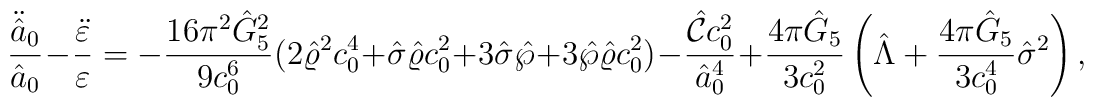
{\ddot{\hat{a}}_0\over\hat{a}_0}-{\ddot{\varepsilon}\over\varepsilon}=-{{16\pi^2\hat{G}^2_5}\over{9c^6_0}}(2\hat{\varrho}^2c^4_0+\hat{\sigma}\hat{\varrho}c^2_0+3\hat{\sigma}\hat{\wp}+3\hat{\wp}\hat{\varrho}c^2_0)-{{\hat{\cal C}c^2_0}\over\hat{a}^4_0}+{{4\pi\hat{G}_5}\over{3c^2_0}}\left(\hat{\Lambda}+{{4\pi\hat{G}_5}\over{3c^4_0}}\hat{\sigma}^2\right),